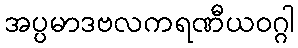
အပ္ပမာဒဗလကရဏီယဝဂ္ဂါ